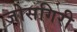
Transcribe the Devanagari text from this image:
जोसगिरी